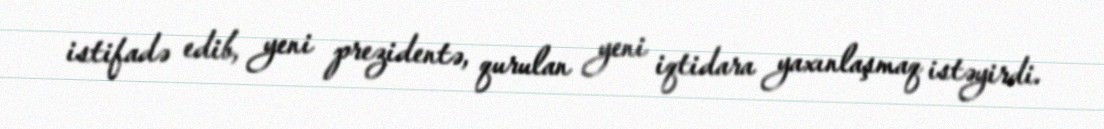
istifadə edib, yeni prezidentə, qurulan yeni iqtidara yaxınlaşmaq istəyirdi.